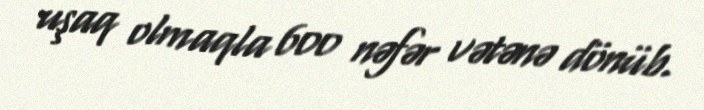
uşaq olmaqla 600 nəfər vətənə dönüb.